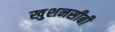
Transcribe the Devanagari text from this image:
खुशनसीबी